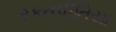
રકતપીતિયા